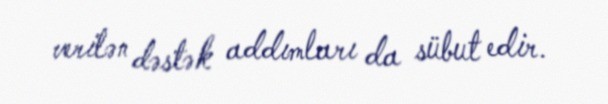
verilən dəstək addımları da sübut edir.